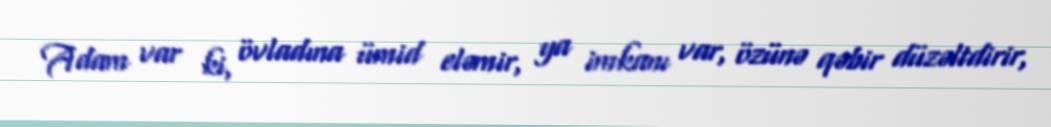
Adam var ki, övladına ümid eləmir, ya imkanı var, özünə qəbir düzəltdirir,